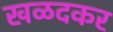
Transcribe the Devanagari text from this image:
खळदकर